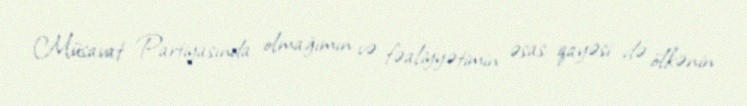
Müsavat Partiyasında olmağımın və fəaliyyətimin əsas qayəsi də ölkənin